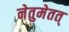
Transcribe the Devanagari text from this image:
नेतुमेतत्‌